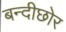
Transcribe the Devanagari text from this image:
बन्दीछोर